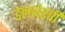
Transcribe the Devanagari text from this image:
डेलावेरची